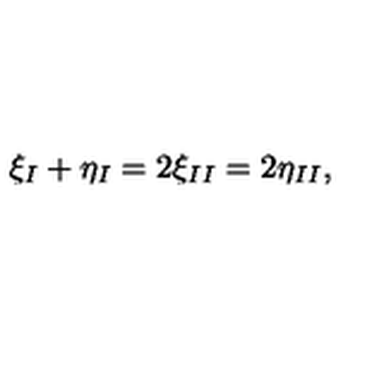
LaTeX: \xi _ { I } + \eta _ { I } = 2 \xi _ { I I } = 2 \eta _ { I I } ,